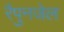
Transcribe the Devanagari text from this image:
रैपुनजेल